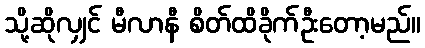
သို့ဆိုလျှင် မီလာနီ စိတ်ထိခိုက်ဦးတော့မည်။